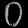
Digit: ၀